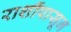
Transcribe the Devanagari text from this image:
राशींपासून